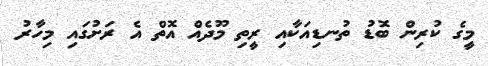
މީގެ ކުރިން ބޮޑު ތުނޑިއަކާއި ރީތި މޫދެއް އޮތް އެ ރަށުގައި މިހާރު